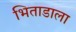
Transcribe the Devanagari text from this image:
भिताडाला